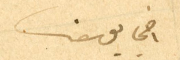
اخي يوسف